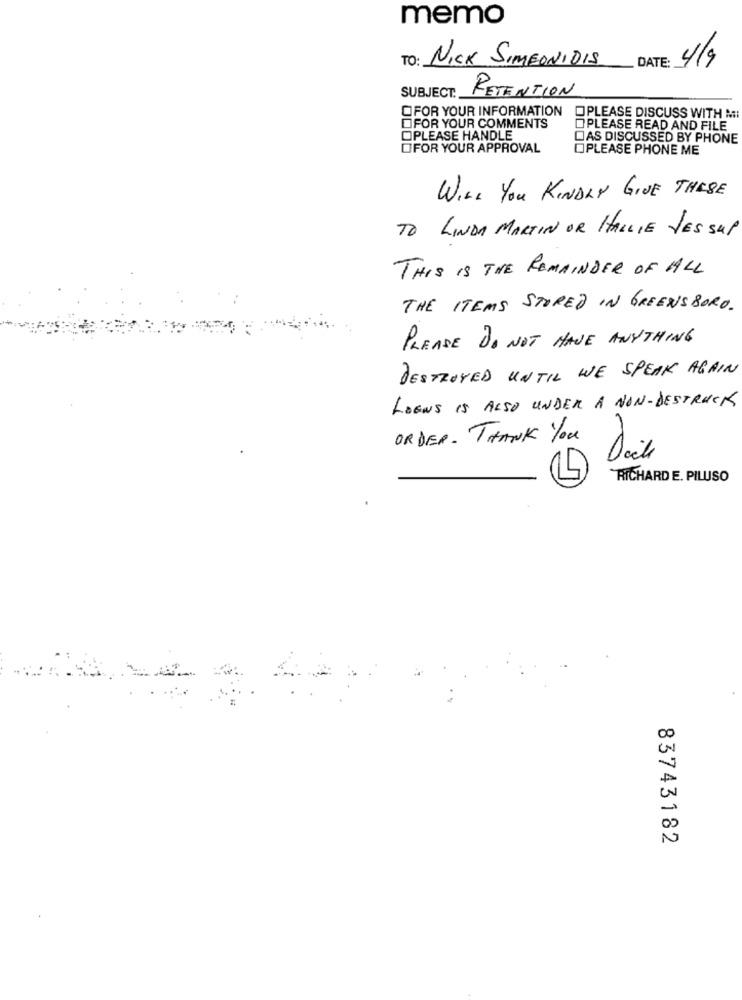
memo
DATE: 4/9
TO: NICK SIMEONIDIS
SUBJECT:
RETENTION
OFOR YOUR INFORMATION OPLEASE DISCUSS WITH MI
OFOR YOUR COMMENTS
OPLEASE READ AND FILE
OPLEASE HANDLE
DAS DISCUSSED BY PHONE
OFOR YOUR APPROVAL
OPLEASE PHONE ME
WILL YOU KINDLY GIVE THESE
TO LINDA MARTIN OR HALLIE YES SUP
THIS IS THE REMAINDER OF ALL
THE ITEMS STORED IN GREENSBORO.
PLEASE DO NOT HAVE ANYTHING
DESTROYED UNTIL WE SPEAK AGAIN
LOENS IS ALSO UNDER A NON-DESTRUCK
ORDER. THANK You
RICHARD E. PILUSO
83743182